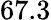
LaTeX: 67.3